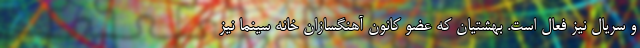
و سریال نیز فعال است. بهشتیان که عضو کانون آهنگسازان خانه سینما نیز